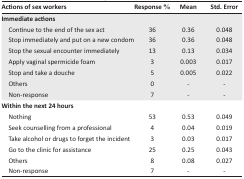
<table><thead><tr><td><b>Actions of sex workers</b></td><td><b>Response %</b></td><td><b>Mean</b></td><td><b>Std. Error</b></td></tr></thead><tbody><tr><td colspan="4"><b>Immediate actions</b></td></tr><tr><td> Continue to the end of the sex act</td><td>36</td><td>0.36</td><td>0.048</td></tr><tr><td> Stop immediately and put on a new condom</td><td>36</td><td>0.36</td><td>0.048</td></tr><tr><td> Stop the sexual encounter immediately</td><td>13</td><td>0.13</td><td>0.034</td></tr><tr><td> Apply vaginal spermicide foam</td><td>3</td><td>0.003</td><td>0.017</td></tr><tr><td> Stop and take a douche</td><td>5</td><td>0.005</td><td>0.022</td></tr><tr><td> Others</td><td>0</td><td>-</td><td>-</td></tr><tr><td> Non-response</td><td>7</td><td>-</td><td>-</td></tr><tr><td colspan="4"><b>Within the next 24 hours</b></td></tr><tr><td> Nothing</td><td>53</td><td>0.53</td><td>0.049</td></tr><tr><td> Seek counselling from a professional</td><td>4</td><td>0.04</td><td>0.019</td></tr><tr><td> Take alcohol or drugs to forget the incident</td><td>3</td><td>0.03</td><td>0.017</td></tr><tr><td> Go to the clinic for assistance</td><td>25</td><td>0.25</td><td>0.043</td></tr><tr><td> Others</td><td>8</td><td>0.08</td><td>0.027</td></tr><tr><td> Non-response</td><td>7</td><td>-</td><td>-</td></tr></tbody></table>